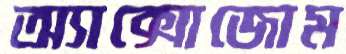
অ্যাক্সোজোম